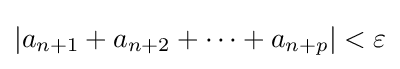
\left|a_{n+1}+a_{n+2}+\cdots +a_{n+p}\right|<\varepsilon